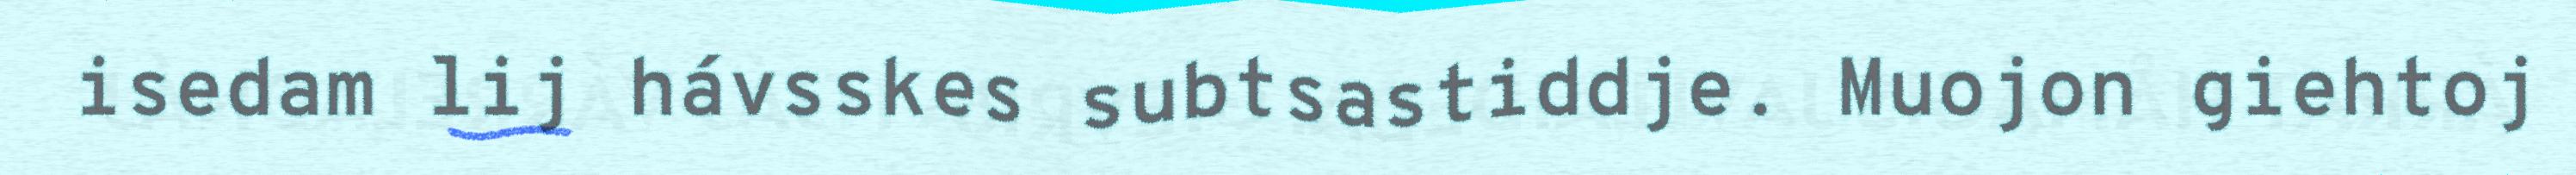
isedam lij hávsskes subtsastiddje. Muojon giehtoj